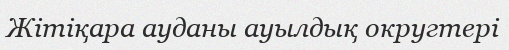
Жітіқара ауданы ауылдық округтері